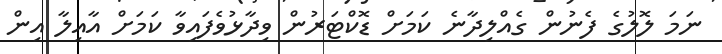
ނަމަ ލޮލުގެ ފެނުން ގެއްލިދާނެ ކަމަށް ޑޮކްޓަރުން ވިދާޅުވެފައިވާ ކަމަށް އާއިލާ އިން